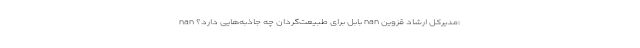
nan بابل برای طبیعت‌گردان چه جاذبه‌هایی دارد؟ nan مدیرکل ارشاد قزوین: